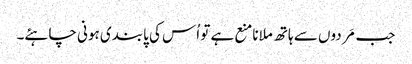
جب مَردوں سے ہاتھ ملانامنع ہے تو اُس کی پابندی ہونی چاہئے۔